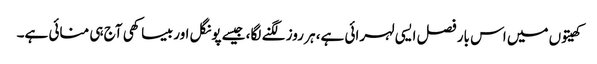
کھیتوں میں اس بار فصل ایسی لہرائی ہے، ہر روز لگنے لگا، جیسے پونگل اور بیساکھی آج ہی منائی ہے۔